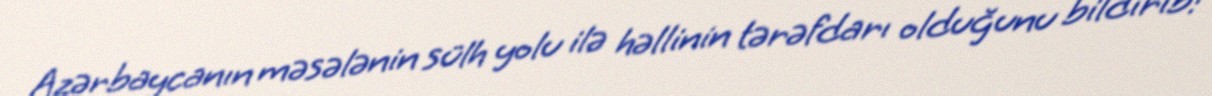
Azərbaycanın məsələnin sülh yolu ilə həllinin tərəfdarı olduğunu bildirib: